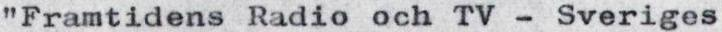
"Framtidens Radio och TV - Sveriges